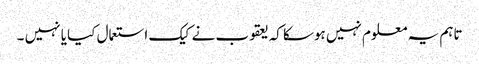
تاہم یہ معلوم نہیں ہوسکا کہ یعقوب نے کیک استعمال کیا یا نہیں ۔